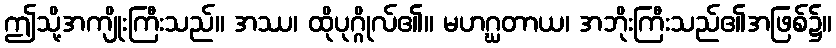
ဤသို့အကျိုးကြီးသည်။ အဿ၊ ထိုပုဂ္ဂိုလ်၏။ မဟဂ္ဃတာယ၊ အဘိုးကြီးသည်၏အဖြစ်၌။